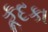
કૂદકા